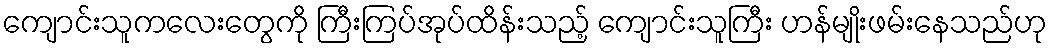
ကျောင်းသူကလေးတွေကို ကြီးကြပ်အုပ်ထိန်းသည့် ကျောင်းသူကြီး ဟန်မျိုးဖမ်းနေသည်ဟု